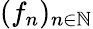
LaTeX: (f_{n})_{n\in\mathbb{N}}